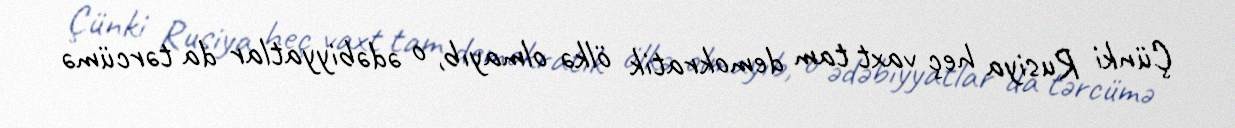
Çünki Rusiya heç vaxt tam demokratik ölkə olmayıb, o ədəbiyyatlar da tərcümə